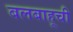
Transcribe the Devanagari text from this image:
बलबाहूची